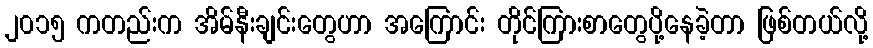
၂၀၁၅ ကတည်းက အိမ်နီးချင်းတွေဟာ အကြောင်း တိုင်ကြားစာတွေပို့နေခဲ့တာ ဖြစ်တယ်လို့